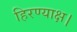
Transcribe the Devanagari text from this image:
हिरण्याक्ष।